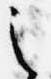
之